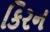
કિરન